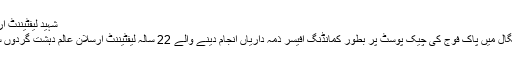
شہید لیفٹیننٹ ارسلان عالم کی یادگار تصویر
خیبرایجنسی کے علاقے راجگال میں پاک فوج کی چیک پوسٹ پر بطور کمانڈنگ آفیسر ذمہ داریاں انجام دینے والے 22 سالہ لیفٹیننٹ ارسلان عالم دہشت گردوں سے مقابلے میں شہید ہوگئے۔